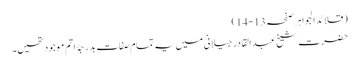
(قلائد الجواہر صفحہ13-14)
حضرت شیخ عبد القادر جیلانیؒ میں یہ تمام صفات بدرجۂ اتم موجود تھیں۔